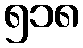
၅၁၈